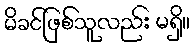
မိခင်ဖြစ်သူလည်း မရှိ။